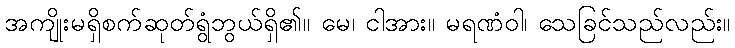
အကျိုးမရှိစက်ဆုတ်ရွံဘွယ်ရှိ၏။ မေ၊ ငါအား။ မရဏံဝါ၊ သေခြင်သည်လည်း။